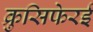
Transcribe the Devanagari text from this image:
क्रुसिफेरई